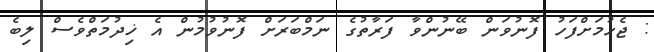
: ޖެހުމަށްފަހު ފޮނުވަން ބޭނުންވާ ފަރާތުގެ ނަމްބަރަށް ފޮނުވުމުން އެ ޚިދުމަތްވެސް ލިބެ